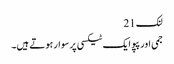
لنک 21
جمی اور پپو ایک ٹیکسی پر سوار ہوتے ہیں۔